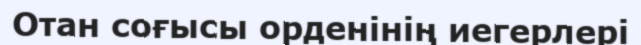
Отан соғысы орденінің иегерлері